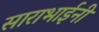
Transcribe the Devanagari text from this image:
साराभाईनी